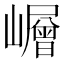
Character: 𡾓